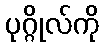
ပုဂ္ဂိုလ်ကို